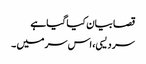
قصا بیان کیا گیا ہے
سر دیسی، اس سر میں ۔